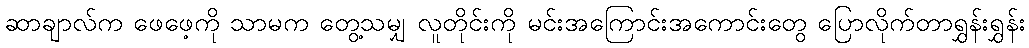
ဆာချာလ်က ဖေဖေ့ကို သာမက တွေ့သမျှ လူတိုင်းကို မင်းအကြောင်းအကောင်းတွေ ပြောလိုက်တာရွှန်းရွှန်း